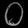
Digit: ၀